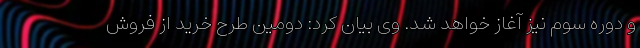
و دوره سوم نیز آغاز خواهد شد. وی بیان کرد: دومین طرح خرید از فروش